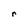
Character: r